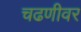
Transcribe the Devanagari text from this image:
चढणीवर